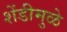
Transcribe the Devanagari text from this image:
शेंडीमुळे